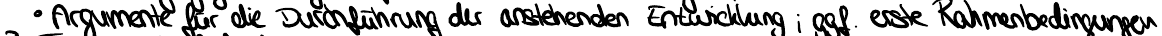
Argumente für die Durchführung der anstehenden Entwicklung, ggf. erste Rahmenbedingungen